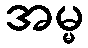
အမ္မ